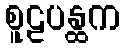
စူဠပန္ထက